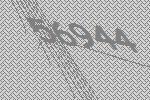
56944